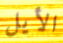
الأيل